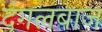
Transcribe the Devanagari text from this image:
दंगलबाज